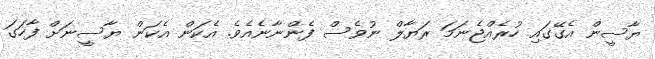
ޔާސީން އެގޭގައި ހުރެއްޖެނަމަ ރަޔާލް ނުވެސް ފެންނާނެއެވެ. އެކަން އެކަން ޔާސީނަށް ފާހަގަ